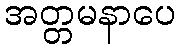
အတ္တမနာပေ